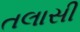
તલાસી